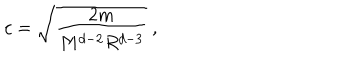
c = \sqrt { \frac { 2 m } { M ^ { d - 2 } R ^ { d - 3 } } } ~ ,